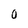
Character: O